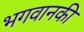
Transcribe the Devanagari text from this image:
भगवानकी